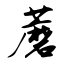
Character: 蘑